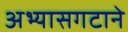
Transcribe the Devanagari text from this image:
अभ्यासगटाने